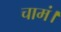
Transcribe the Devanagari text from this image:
चामं।